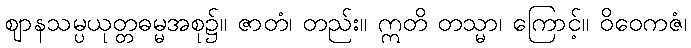
ဈာနသမ္ပယုတ္တဓမ္မအစု၌။ ဇာတံ၊ တည်း။ ဣတိ တသ္မာ၊ ကြောင့်။ ဝိဝေကဇံ၊